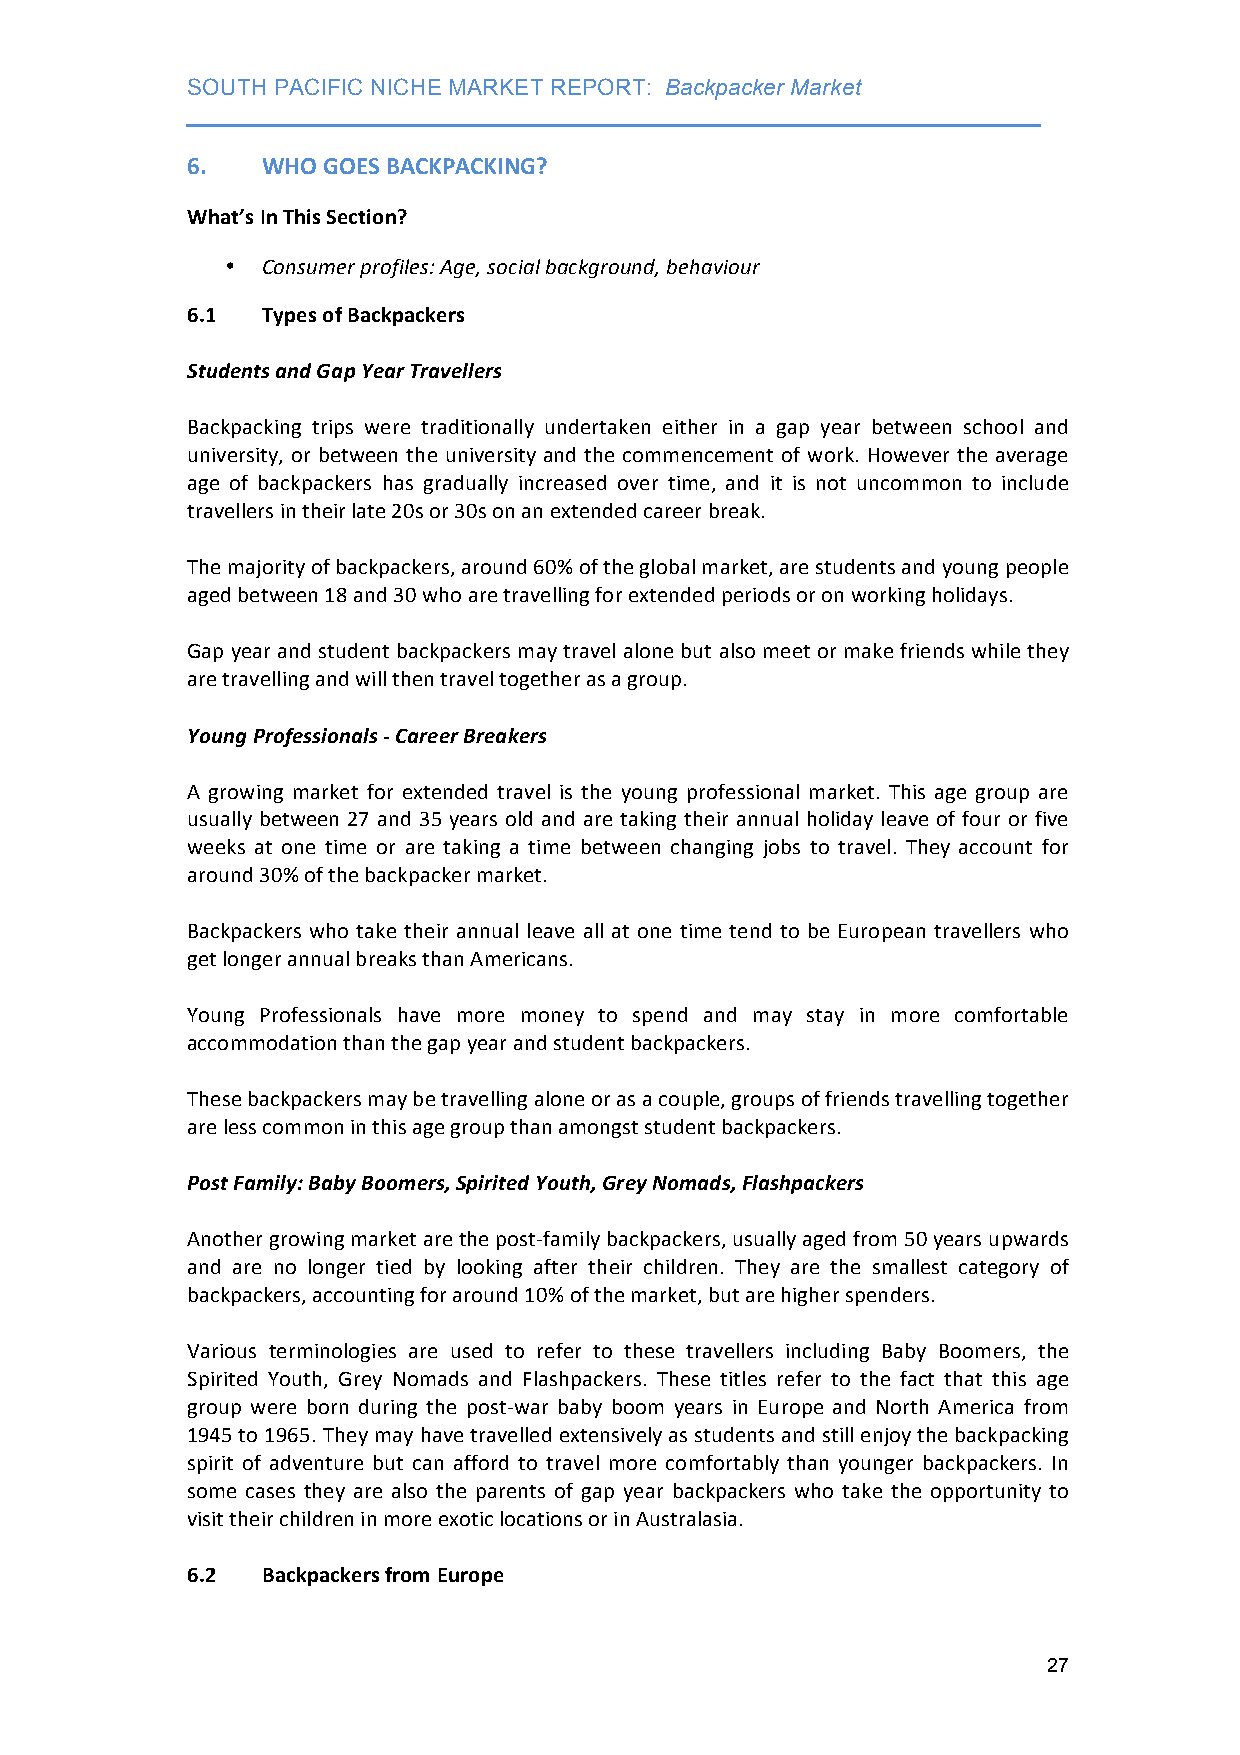
SOUTH PACIFIC NICHE MARKET REPORT: Backpacker Market
 ___________________________________________________________________
 6.   WHO GOES BACKPACKING?
 What’s In This Section?
 • Consumer profiles: Age, social background, behaviour
 6.1  Types of Backpackers
 Students and Gap Year Travellers
 Backpacking trips were traditionally undertaken either in a gap year between school and
 university, or between the university and the commencement of work. However the average
 age of backpackers has gradually increased over time, and it is not uncommon to include
 travellers in their late 20s or 30s on an extended career break.
 The majority of backpackers, around 60% of the global market, are students and young people
 aged between 18 and 30 who are travelling for extended periods or on working holidays.
 Gap year and student backpackers may travel alone but also meet or make friends while they
 are travelling and will then travel together as a group.
 Young Professionals -­‐ Career Breakers
 A growing market for extended travel is the young professional market. This age group are
 usually between 27 and 35 years old and are taking their annual holiday leave of four or five
 weeks at one time or are taking a time between changing jobs to travel. They account for
 around 30% of the backpacker market.
 Backpackers who take their annual leave all at one time tend to be European travellers who
 get longer annual breaks than Americans.
 Young Professionals have more money to spend and may stay in more comfortable
 accommodation than the gap year and student backpackers.
 These backpackers may be travelling alone or as a couple, groups of friends travelling together
 are less common in this age group than amongst student backpackers.
 Post Family: Baby Boomers, Spirited Youth, Grey Nomads, Flashpackers
 Another growing market are the post-­‐family backpackers, usually aged from 50 years upwards
 and are no longer tied by looking after their children. They are the smallest category of
 backpackers, accounting for around 10% of the market, but are higher spenders.
 Various terminologies are used to refer to these travellers including Baby Boomers, the
 Spirited Youth, Grey Nomads and Flashpackers. These titles refer to the fact that this age
 group were born during the post-­‐war baby boom years in Europe and North America from
 1945 to 1965. They may have travelled extensively as students and still enjoy the backpacking
 spirit of adventure but can afford to travel more comfortably than younger backpackers. In
 some cases they are also the parents of gap year backpackers who take the opportunity to
 visit their children in more exotic locations or in Australasia.
 6.2  Backpackers from Europe
 27